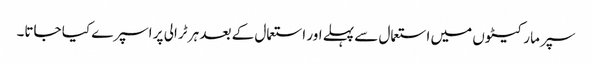
سپر مارکیٹوں میں استعمال سے پہلے اور استعمال کے بعد ہر ٹرالی پر اسپرے کیا جاتا۔